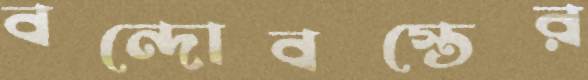
বন্দোবস্তের